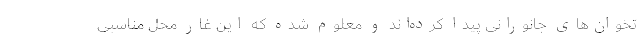
تخوان‌های جانورانی پیدا کرده‌اند و معلوم شده که این غار محل مناسبی